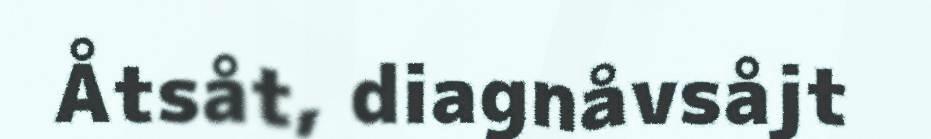
Åtsåt, diagnåvsåjt